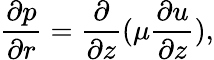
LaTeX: \frac{\partial p}{\partial r}=\frac{\partial}{\partial z}(\mu\frac{\partial u}{\partial z}),